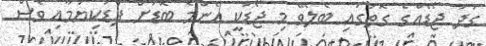
ގަދަ ޖޯޑެއްގެ ގޮތުގައި ބެލެވޭ މި ޖޯޑަކީ އެންމެ ބޮޑަށް ފާޑުކިޔުމާއި ވެސް